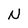
Character: N